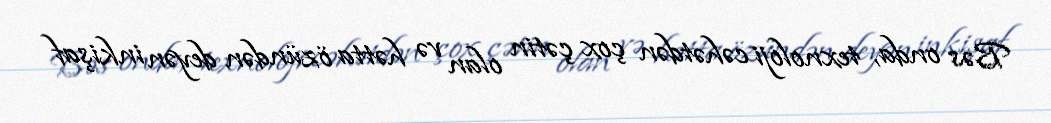
Bəs onda, texnoloji cəhətdən çox çətin olan və hətta özündən deyən inkişaf